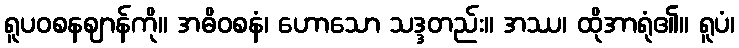
ရူပဝစနဈာန်ကို။ အဓိဝစနံ၊ ဟောသော သဒ္ဒတည်း။ အဿ၊ ထိုအာရုံ၏။ ရူပံ၊